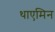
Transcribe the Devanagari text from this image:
थाएमिन